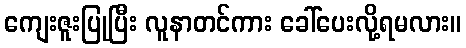
ကျေးဇူးပြုပြီး လူနာတင်ကား ခေါ်ပေးလို့ရမလား။